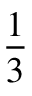
\frac 1 3